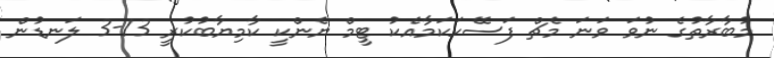
މުބާރާތުގެ ނުވަ ވަނަ މެޗް ފަސޭހަކަމާއެކު ޓީމް ޔެންކީ ކާމިޔާބުކުރީ 13-3 ލަނޑުން